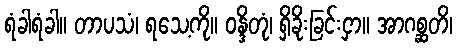
ရံခါရံခါ။ တာပသံ၊ ရသေ့ကို။ ဝန္ဒိတုံ၊ ရှိခိုးခြင်းငှာ။ အာဂစ္ဆတိ၊